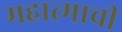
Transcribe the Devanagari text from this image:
महात्माची